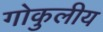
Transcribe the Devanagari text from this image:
गोकुलीय